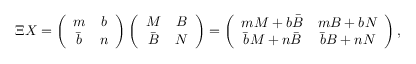
\Xi X = \left( \begin{array} { c c } { { m } } & { { b } } \\ { { \bar { b } } } & { { n } } \end{array} \right) \left( \begin{array} { c c } { { M } } & { { B } } \\ { { \bar { B } } } & { { N } } \end{array} \right) = \left( \begin{array} { c c } { { m M + b \bar { B } } } & { { m B + b N } } \\ { { \bar { b } M + n \bar { B } } } & { { \bar { b } B + n N } } \end{array} \right) ,